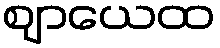
ဈာယေထ